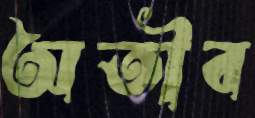
অতীব